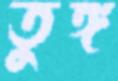
তুঙ্গ